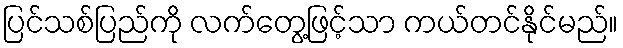
ပြင်သစ်ပြည်ကို လက်တွေ့ဖြင့်သာ ကယ်တင်နိုင်မည်။